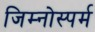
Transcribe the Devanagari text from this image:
जिम्‍नोस्‍पर्म